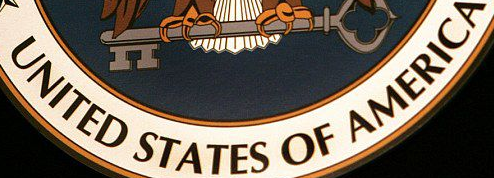
UNITED STATES OF AMERICA